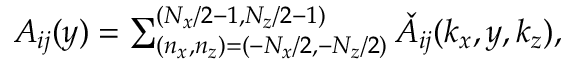
\begin{array} { r } { A _ { i j } ( y ) = \sum _ { ( n _ { x } , n _ { z } ) = ( - N _ { x } / 2 , - N _ { z } / 2 ) } ^ { ( N _ { x } / 2 - 1 , N _ { z } / 2 - 1 ) } \check { A } _ { i j } ( k _ { x } , y , k _ { z } ) , } \end{array}